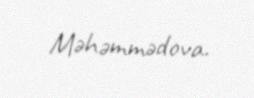
Məhəmmədova.